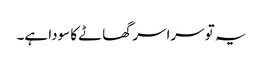
یہ تو سراسر گھاٹے کا سودا ہے۔